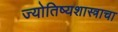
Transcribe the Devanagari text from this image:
ज्योतिष्यशास्त्राचा